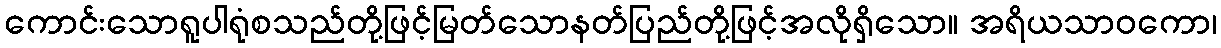
ကောင်းသောရူပါရုံစသည်တို့ဖြင့်မြတ်သောနတ်ပြည်တို့ဖြင့်အလိုရှိသော။ အရိယသာဝကော၊